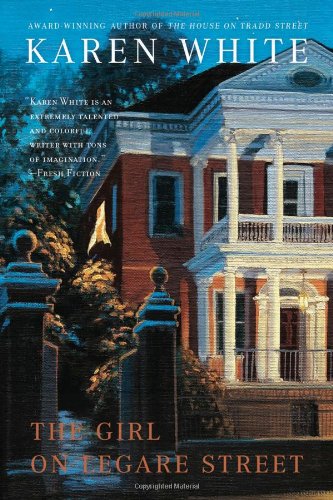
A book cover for The Girl On Legare Street (Tradd Street); Karen White; Mystery, Thriller & Suspense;